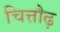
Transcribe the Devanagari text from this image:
चित्तौढ़